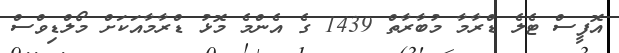
އޮފީސް ޓެލެ ޑްރާމާ މުބާރާތް 1439 ގެ އެންމެ މޮޅު ޑްރާމާއަކަށް މޯލްޑިވްސް